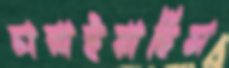
চারাইয়াছিস